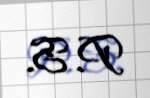
P.S.